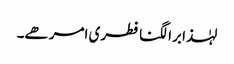
لہٰذا برا لگنا فطری امر ھے۔